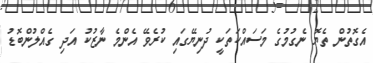
އެގޮތުން ތެޔޮ ނެގުމުގެ މަސައްކަތަކީ ދުނިޔޭގައި ކުރެވޭ އެންމެ ނާޒުކު އަދި ގެއްލުންބޮޑު